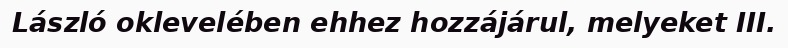
László oklevelében ehhez hozzájárul, melyeket III.